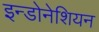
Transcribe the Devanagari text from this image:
इन्डोनेशियन